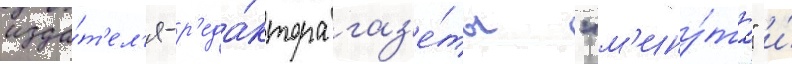
изда́т'ел'я-р'еда́ктора газ'е́ты "м'ину́та" и́